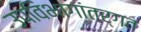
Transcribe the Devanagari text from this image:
उपविभागांतर्गत